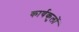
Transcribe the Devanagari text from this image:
कार्यकुलों